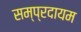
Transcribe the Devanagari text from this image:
सम्प्रदायम